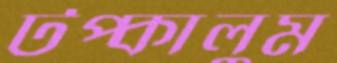
টপ্‌কালুম